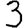
Digit: 3